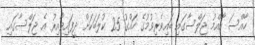
ހާއްސަ އާއްމު ޖަލްސާގައި ބައިވެރިވުމުގެ ހައްގު 25 ކުލަބަކަށް ދީފައިވާއިރު އެ ޖަލްސާގައި